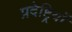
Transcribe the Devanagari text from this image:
प्रदेष्ट्रियों